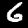
Label: 6